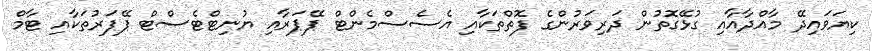
ކިޔަވައިދޭ މާއްދާއާއި ގުޅޭގޮތުން ދަރިވަރުންގެ ފޮތްތަކާއި އެސެސްމެންޓް ޕޭޕަރާއި ޔުނިޓްޓެސްޓް ޕޭޕަރުތަކާއި ޓާމް